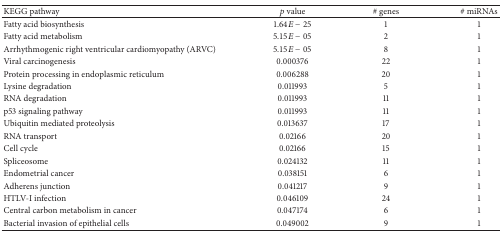
| KEGG pathway | p value | # genes | # miRNAs |
 | --- | --- | --- | --- |
 | Fatty acid biosynthesis | 1.64E − 25 | 1 | 1 |
 | Fatty acid metabolism | 5.15E − 05 | 2 | 1 |
 | Arrhythmogenic right ventricular cardiomyopathy (ARVC) | 5.15E − 05 | 8 | 1 |
 | Viral carcinogenesis | 0.000376 | 22 | 1 |
 | Protein processing in endoplasmic reticulum | 0.006288 | 20 | 1 |
 | Lysine degradation | 0.011993 | 5 | 1 |
 | RNA degradation | 0.011993 | 11 | 1 |
 | p53 signaling pathway | 0.011993 | 11 | 1 |
 | Ubiquitin mediated proteolysis | 0.013637 | 17 | 1 |
 | RNA transport | 0.02166 | 20 | 1 |
 | Cell cycle | 0.02166 | 15 | 1 |
 | Spliceosome | 0.024132 | 11 | 1 |
 | Endometrial cancer | 0.038151 | 6 | 1 |
 | Adherens junction | 0.041217 | 9 | 1 |
 | HTLV-I infection | 0.046109 | 24 | 1 |
 | Central carbon metabolism in cancer | 0.047174 | 6 | 1 |
 | Bacterial invasion of epithelial cells | 0.049002 | 9 | 1 |